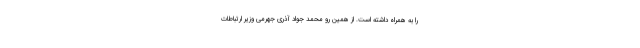
را به همراه داشته است. از همین رو محمد جواد آذری جهرمی وزیر ارتباطات